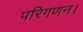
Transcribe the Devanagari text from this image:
परिगणन।